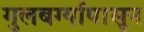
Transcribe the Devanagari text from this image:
गुलबर्ग्यापासून